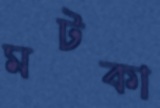
মটকা